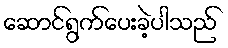
ဆောင်ရွက်ပေးခဲ့ပါသည်